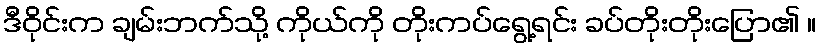
ဒီဝိုင်းက ချမ်းဘက်သို့ ကိုယ်ကို တိုးကပ်ရွေ့ရင်း ခပ်တိုးတိုးပြော၏ ။